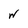
Character: W